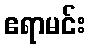
ဧရာမင်း